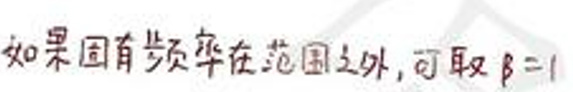
如果固有频率在范围之外，可取\(\beta = 1\)